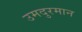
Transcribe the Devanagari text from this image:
उमदुरमान